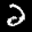
Label: 2